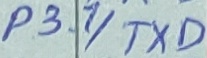
Text: P3.1/TXD